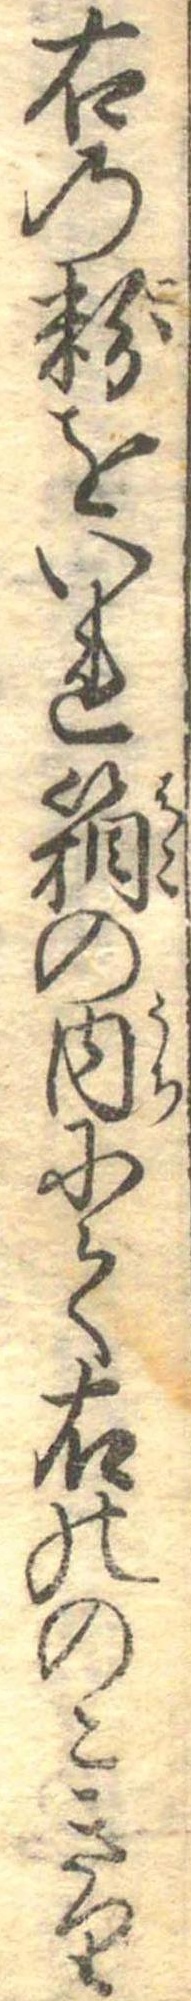
右の粉をいれ箱の内にて右ののこきり